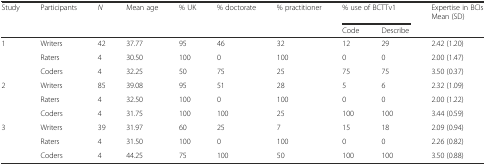
<table><thead><tr><td><b>Study</b></td><td><b>Participants</b></td><td><b><i>N</i></b></td><td><b>Mean age</b></td><td><b>% UK</b></td><td><b>% doctorate</b></td><td><b>% practitioner</b></td><td colspan="2"><b>% use of BCTTv1</b></td><td><b>Expertise in BCIs Mean (SD)</b></td></tr><tr><td></td><td></td><td></td><td></td><td></td><td></td><td></td><td><b>Code</b></td><td><b>Describe</b></td><td></td></tr></thead><tbody><tr><td>1</td><td>Writers</td><td>42</td><td>37.77</td><td>95</td><td>46</td><td>32</td><td>12</td><td>29</td><td>2.42 (1.20)</td></tr><tr><td></td><td>Raters</td><td>4</td><td>30.50</td><td>100</td><td>0</td><td>100</td><td>0</td><td>0</td><td>2.00 (1.47)</td></tr><tr><td></td><td>Coders</td><td>4</td><td>32.25</td><td>50</td><td>75</td><td>25</td><td>75</td><td>75</td><td>3.50 (0.37)</td></tr><tr><td>2</td><td>Writers</td><td>85</td><td>39.08</td><td>95</td><td>51</td><td>28</td><td>5</td><td>6</td><td>2.32 (1.09)</td></tr><tr><td></td><td>Raters</td><td>4</td><td>32.50</td><td>100</td><td>0</td><td>100</td><td>0</td><td>0</td><td>2.00 (1.22)</td></tr><tr><td></td><td>Coders</td><td>4</td><td>31.75</td><td>100</td><td>100</td><td>25</td><td>100</td><td>100</td><td>3.44 (0.59)</td></tr><tr><td>3</td><td>Writers</td><td>39</td><td>31.97</td><td>60</td><td>25</td><td>7</td><td>15</td><td>18</td><td>2.09 (0.94)</td></tr><tr><td></td><td>Raters</td><td>4</td><td>31.50</td><td>100</td><td>0</td><td>100</td><td>0</td><td>0</td><td>2.26 (0.82)</td></tr><tr><td></td><td>Coders</td><td>4</td><td>44.25</td><td>75</td><td>100</td><td>50</td><td>100</td><td>100</td><td>3.50 (0.88)</td></tr></tbody></table>